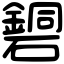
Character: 𥖹